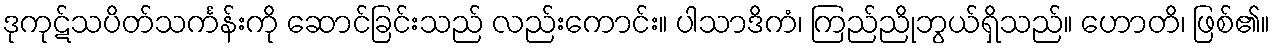
ဒုကုဋ်သပိတ်သင်္ကန်းကို ဆောင်ခြင်းသည် လည်းကောင်း။ ပါသာဒိကံ၊ ကြည်ညိုဘွယ်ရှိသည်။ ဟောတိ၊ ဖြစ်၏။